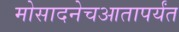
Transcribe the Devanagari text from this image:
मोसादनेचआतापर्यंत